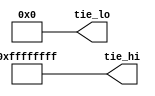
/*
 * Provide constant ones and zeros as output
 *
 * SPDX-FileCopyrightText: 2022 Harald Pretl (harald.pretl@jku.at)
 * Johannes Kepler University Linz, Institute for Integrated Circuits
 *
 * SPDX-License-Identifier: Apache-2.0
 */

`default_nettype none
`timescale 10ns / 1ns
`ifndef __CONST_GEN__
`define __CONST_GEN__

module const_gen 
#( 
	parameter NO_HI=32, 
	parameter NO_LO=96
)(
`ifdef USE_POWER_PINS
    inout 				vccd1,	// User area 1 1.8V supply
    inout 				vssd1,	// User area 1 digital ground
`endif
	output wire [NO_HI-1:0]	tie_hi,
	output wire [NO_LO-1:0]	tie_lo
);

	assign tie_hi = {NO_HI{1'b1}};
	assign tie_lo = {NO_LO{1'b0}};

endmodule // const_gen

`endif
`default_nettype wire